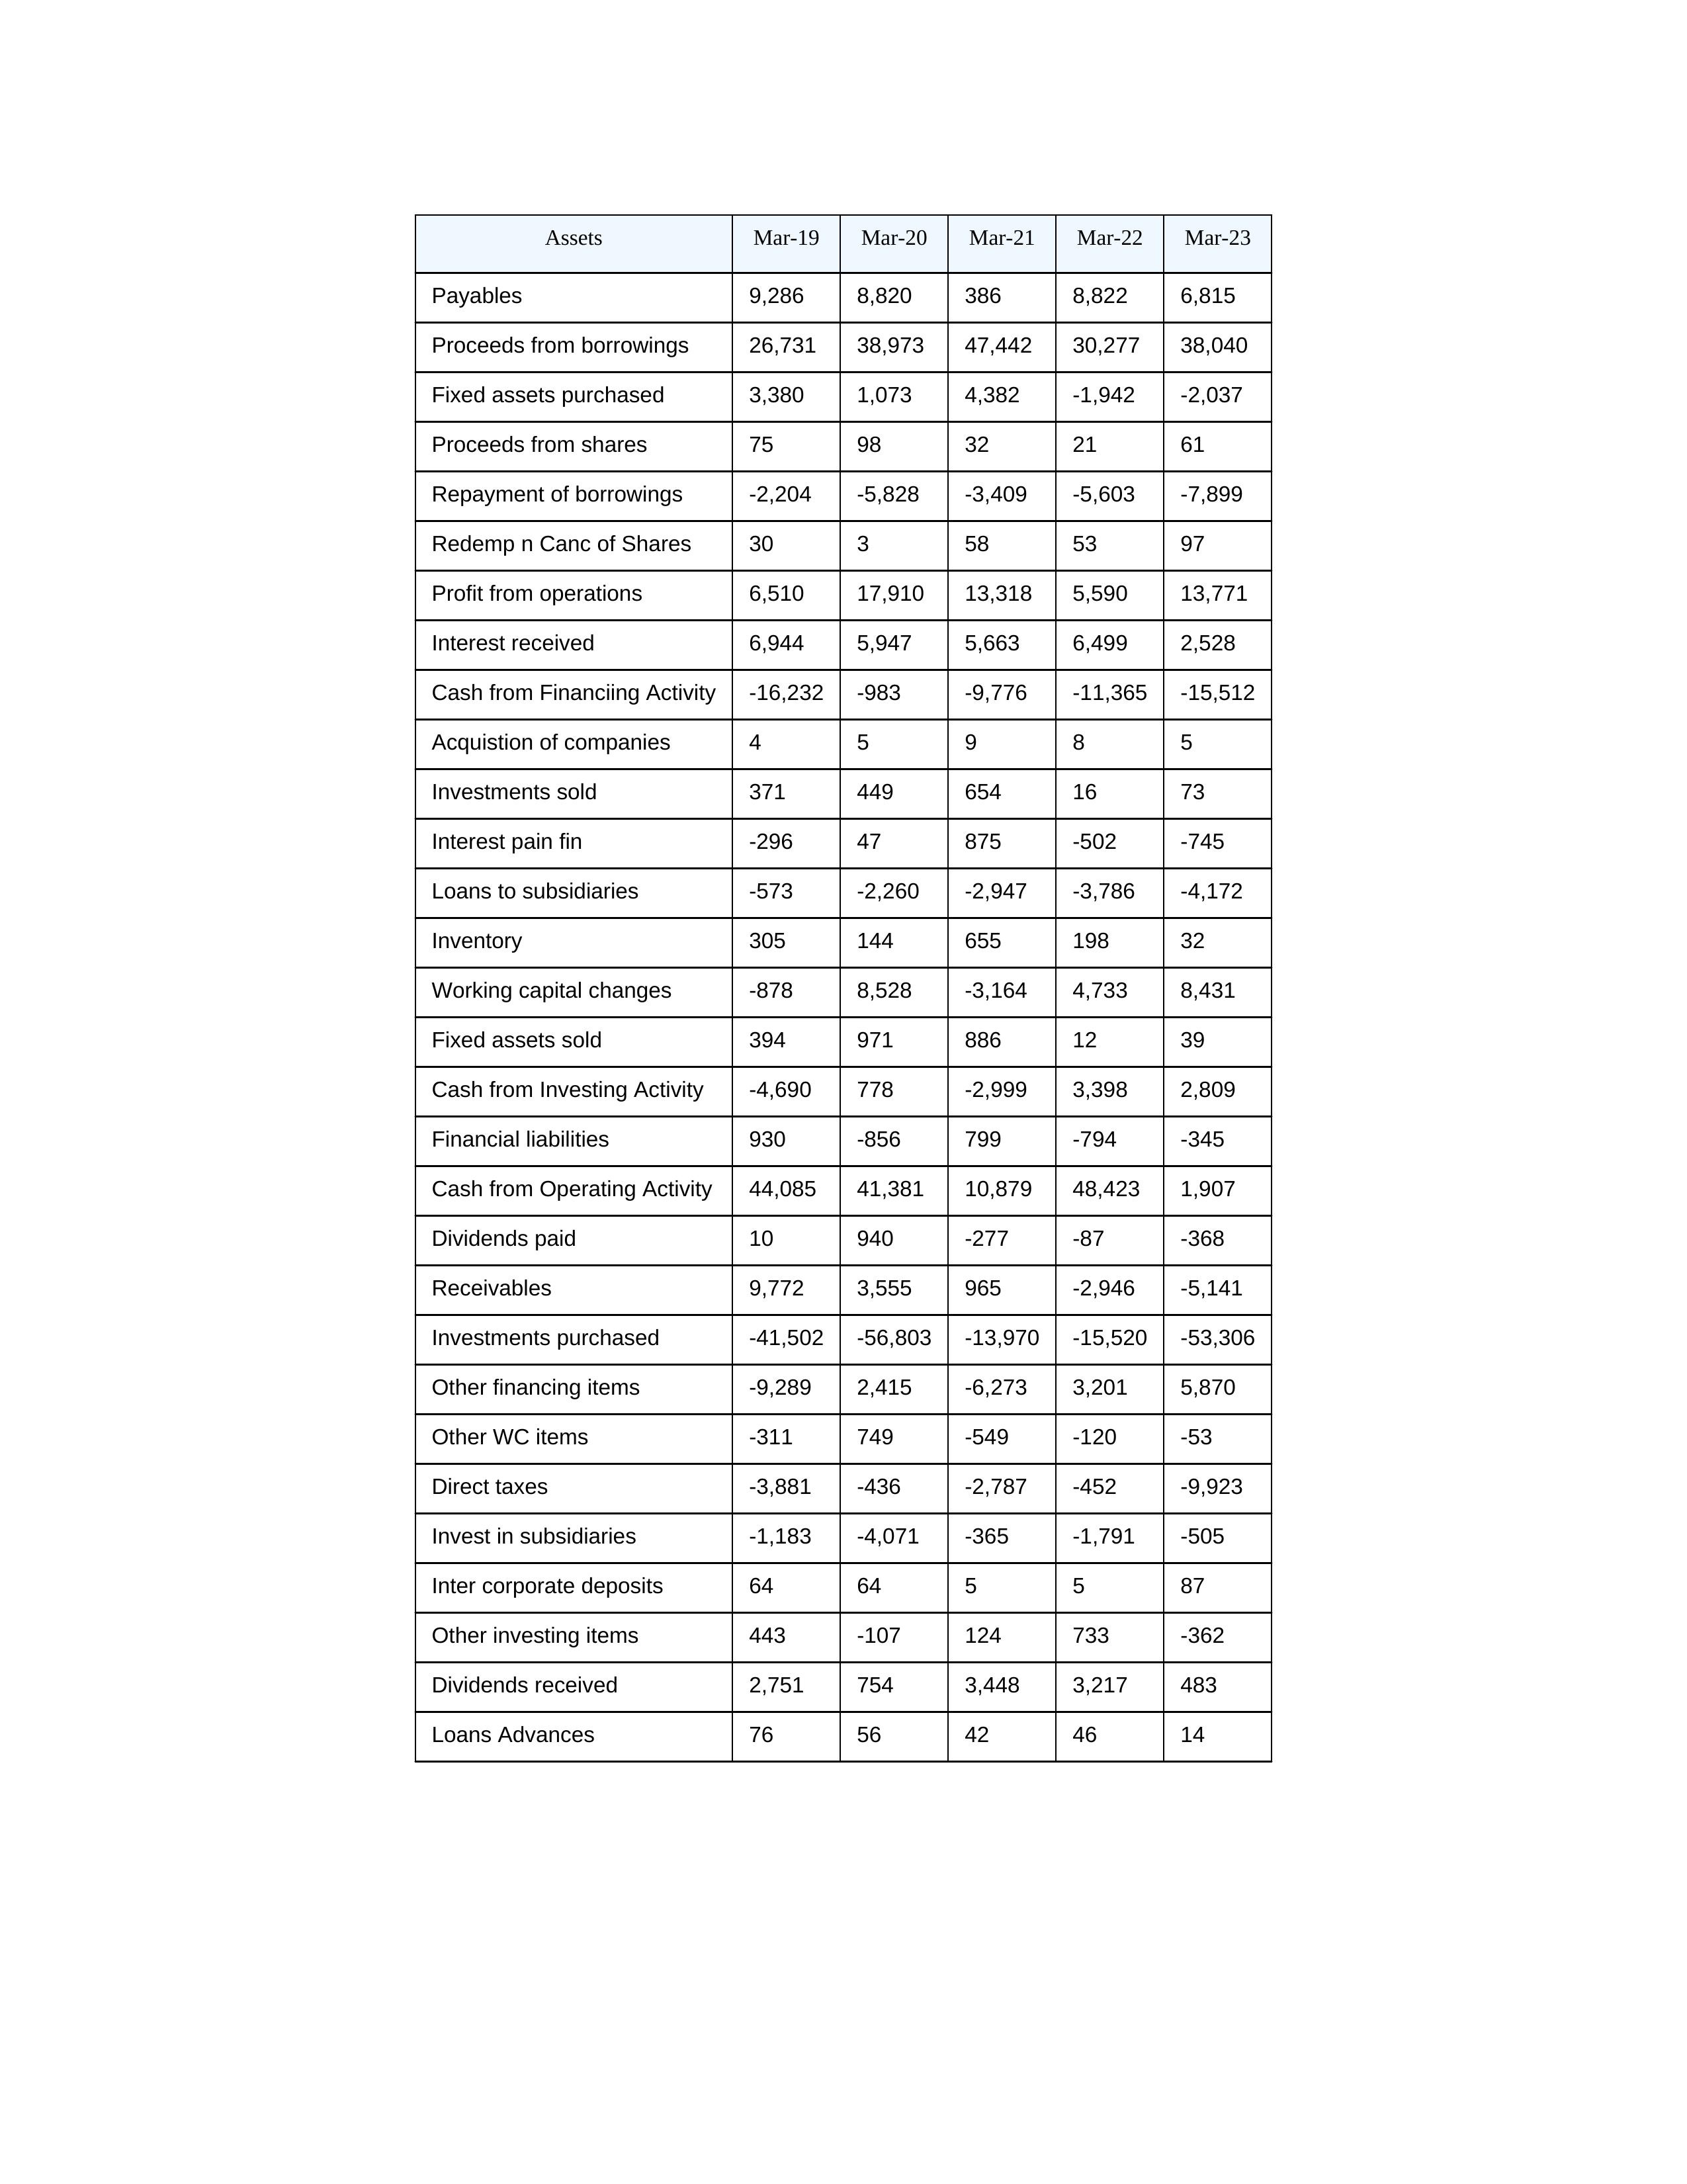
gt_parse: Mar-19: Cash from Operating Activity: 44,085
Profit from operations: 6,510
Receivables: 9,772
Inventory: 305
Payables: 9,286
Loans Advances: 76
Other WC items: -311
Working capital changes: -878
Direct taxes: -3,881
Cash from Investing Activity: -4,690
Fixed assets purchased: 3,380
Fixed assets sold: 394
Investments purchased: -41,502
Investments sold: 371
Interest received: 6,944
Dividends received: 2,751
Invest in subsidiaries: -1,183
Loans to subsidiaries: -573
Redemp n Canc of Shares: 30
Acquistion of companies: 4
Inter corporate deposits: 64
Other investing items: 443
Cash from Financiing Activity: -16,232
Proceeds from shares: 75
Proceeds from borrowings: 26,731
Repayment of borrowings: -2,204
Interest pain fin: -296
Dividends paid: 10
Financial liabilities: 930
Other financing items: -9,289
Mar-20: Cash from Operating Activity: 41,381
Profit from operations: 17,910
Receivables: 3,555
Inventory: 144
Payables: 8,820
Loans Advances: 56
Other WC items: 749
Working capital changes: 8,528
Direct taxes: -436
Cash from Investing Activity: 778
Fixed assets purchased: 1,073
Fixed assets sold: 971
Investments purchased: -56,803
Investments sold: 449
Interest received: 5,947
Dividends received: 754
Invest in subsidiaries: -4,071
Loans to subsidiaries: -2,260
Redemp n Canc of Shares: 3
Acquistion of companies: 5
Inter corporate deposits: 64
Other investing items: -107
Cash from Financiing Activity: -983
Proceeds from shares: 98
Proceeds from borrowings: 38,973
Repayment of borrowings: -5,828
Interest pain fin: 47
Dividends paid: 940
Financial liabilities: -856
Other financing items: 2,415
Mar-21: Cash from Operating Activity: 10,879
Profit from operations: 13,318
Receivables: 965
Inventory: 655
Payables: 386
Loans Advances: 42
Other WC items: -549
Working capital changes: -3,164
Direct taxes: -2,787
Cash from Investing Activity: -2,999
Fixed assets purchased: 4,382
Fixed assets sold: 886
Investments purchased: -13,970
Investments sold: 654
Interest received: 5,663
Dividends received: 3,448
Invest in subsidiaries: -365
Loans to subsidiaries: -2,947
Redemp n Canc of Shares: 58
Acquistion of companies: 9
Inter corporate deposits: 5
Other investing items: 124
Cash from Financiing Activity: -9,776
Proceeds from shares: 32
Proceeds from borrowings: 47,442
Repayment of borrowings: -3,409
Interest pain fin: 875
Dividends paid: -277
Financial liabilities: 799
Other financing items: -6,273
Mar-22: Cash from Operating Activity: 48,423
Profit from operations: 5,590
Receivables: -2,946
Inventory: 198
Payables: 8,822
Loans Advances: 46
Other WC items: -120
Working capital changes: 4,733
Direct taxes: -452
Cash from Investing Activity: 3,398
Fixed assets purchased: -1,942
Fixed assets sold: 12
Investments purchased: -15,520
Investments sold: 16
Interest received: 6,499
Dividends received: 3,217
Invest in subsidiaries: -1,791
Loans to subsidiaries: -3,786
Redemp n Canc of Shares: 53
Acquistion of companies: 8
Inter corporate deposits: 5
Other investing items: 733
Cash from Financiing Activity: -11,365
Proceeds from shares: 21
Proceeds from borrowings: 30,277
Repayment of borrowings: -5,603
Interest pain fin: -502
Dividends paid: -87
Financial liabilities: -794
Other financing items: 3,201
Mar-23: Cash from Operating Activity: 1,907
Profit from operations: 13,771
Receivables: -5,141
Inventory: 32
Payables: 6,815
Loans Advances: 14
Other WC items: -53
Working capital changes: 8,431
Direct taxes: -9,923
Cash from Investing Activity: 2,809
Fixed assets purchased: -2,037
Fixed assets sold: 39
Investments purchased: -53,306
Investments sold: 73
Interest received: 2,528
Dividends received: 483
Invest in subsidiaries: -505
Loans to subsidiaries: -4,172
Redemp n Canc of Shares: 97
Acquistion of companies: 5
Inter corporate deposits: 87
Other investing items: -362
Cash from Financiing Activity: -15,512
Proceeds from shares: 61
Proceeds from borrowings: 38,040
Repayment of borrowings: -7,899
Interest pain fin: -745
Dividends paid: -368
Financial liabilities: -345
Other financing items: 5,870